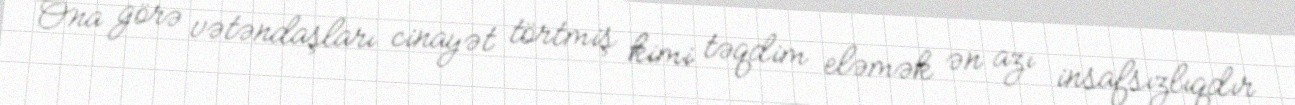
Ona görə vətəndaşları cinayət törtmiş kimi təqdim eləmək ən azı insafsızlıqdır